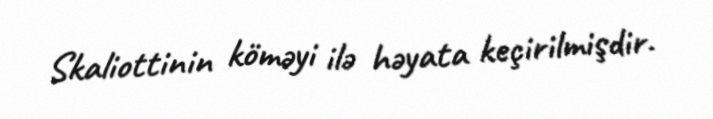
Skaliottinin köməyi ilə həyata keçirilmişdir.